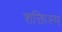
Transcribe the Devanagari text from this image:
शक्तिस्म